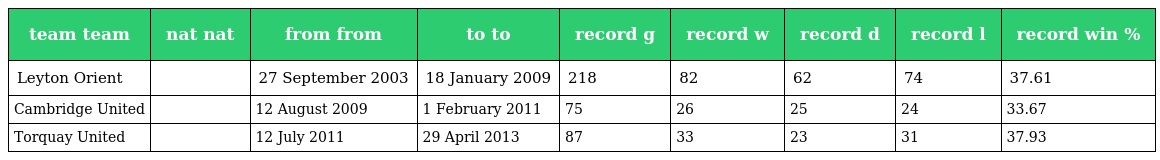
| team team | nat nat | from from | to to | record g | record w | record d | record l | record win % |
 | --- | --- | --- | --- | --- | --- | --- | --- | --- |
 | Leyton Orient |  | 27 September 2003 | 18 January 2009 | 218 | 82 | 62 | 74 | 37.61 |
 | Cambridge United |  | 12 August 2009 | 1 February 2011 | 75 | 26 | 25 | 24 | 33.67 |
 | Torquay United |  | 12 July 2011 | 29 April 2013 | 87 | 33 | 23 | 31 | 37.93 |